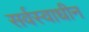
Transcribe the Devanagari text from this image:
सर्वस्वाधीन